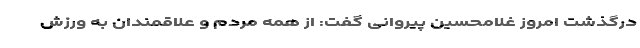
درگذشت امروز غلامحسین پیروانی گفت: از همه مردم و علاقمندان به ورزش